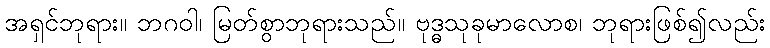
အရှင်ဘုရား။ ဘဂဝါ၊ မြတ်စွာဘုရားသည်။ ဗုဒ္ဓသုခုမာလောစ၊ ဘုရားဖြစ်၍လည်း